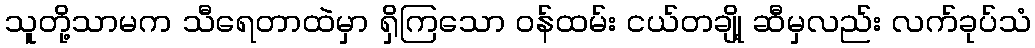
သူတို့သာမက သီရေတာထဲမှာ ရှိကြသော ဝန်ထမ်း ငယ်တချို့ ဆီမှလည်း လက်ခုပ်သံ